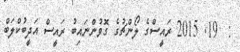
:  19